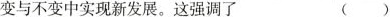
变与不变中实现新发展。这强调了 （ ）